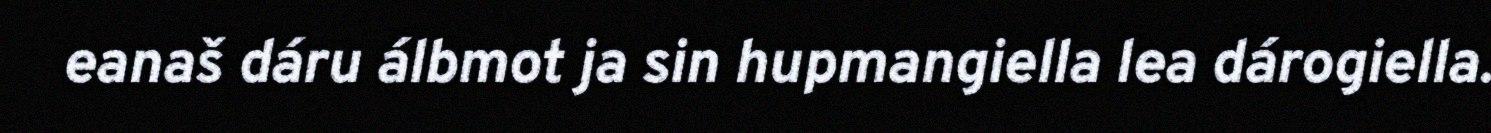
eanaš dáru álbmot ja sin hupmangiella lea dárogiella.